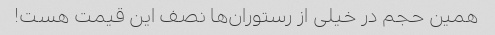
همین حجم در خیلی از رستوران‌ها نصف این قیمت هست!